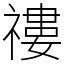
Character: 䄛